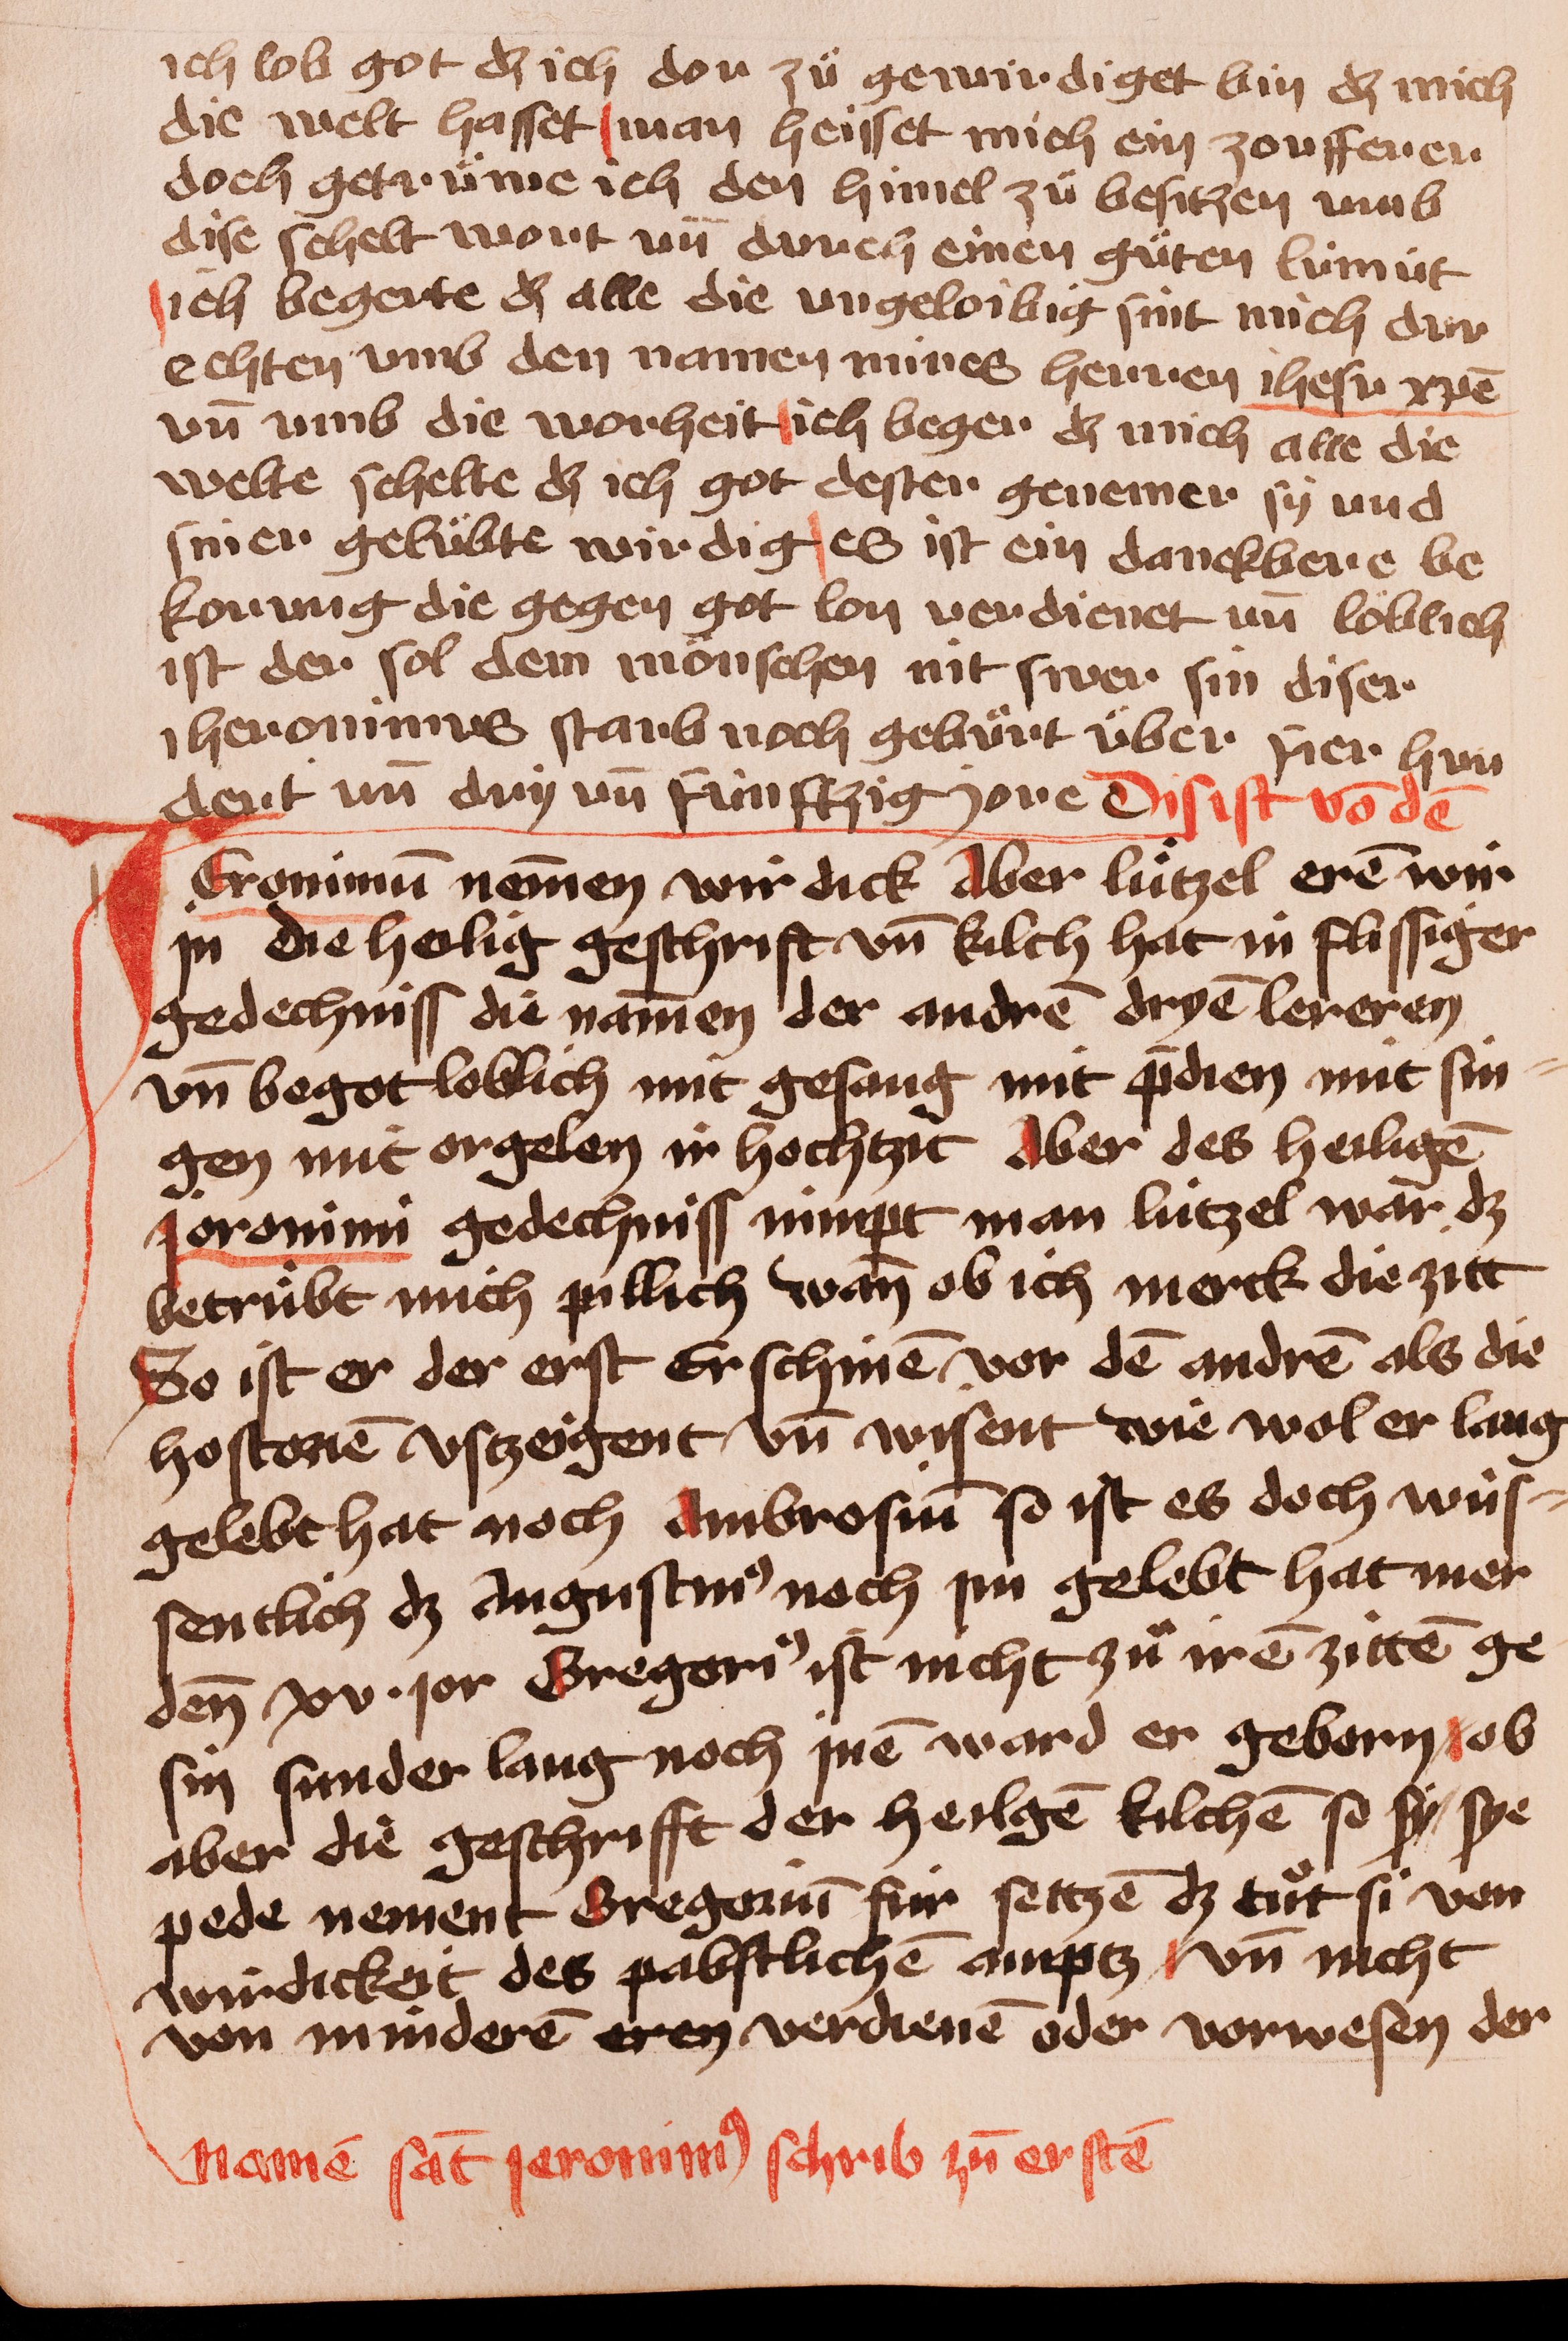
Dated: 1400–1449